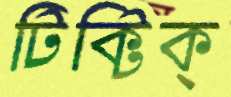
টিক্‌টিক্‌